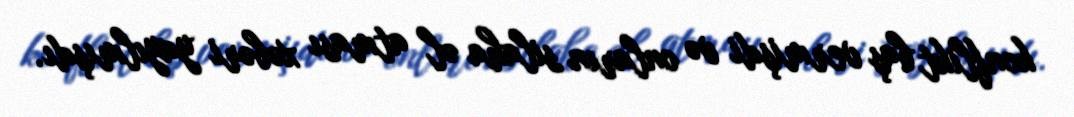
konflikt baş vermişdi və onların silaha əl atması xəbəri yayılmışdı.